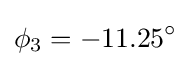
\phi _{3}=-11.25^{\circ }